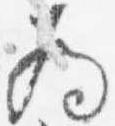
為